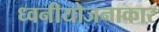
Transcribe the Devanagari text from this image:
ध्वनीयोजनाकार